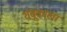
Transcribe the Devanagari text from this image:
शंबूकाला